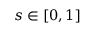
s \in [ 0 , 1 ]